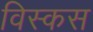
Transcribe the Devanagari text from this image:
विस्कस